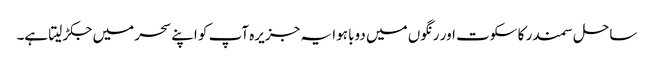
ساحل سمندر کا سکوت اور رنگوں میں دوبا ہوا یہ جزیرہ آپ کو اپنے سحر میں جکڑ لیتا ہے۔